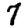
Digit: 7